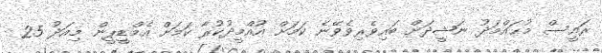
ރައީސް މުޙައްމަދު ނަޝީދަށް ބައިވެރިވެވޭނެ ކަމަށް އުއްމީދުކުރާ ކަމަށް އެމްޑީޕީން މިއަދު 25